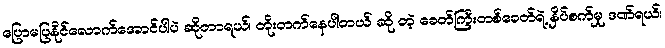
ပြောမပြနိုင်လောက်အောင်ပါပဲ ဆိုတာရယ်၊ တိုးတက်နေပါတယ် ဆို တဲ့ ခေတ်ကြီးတစ်ခေတ်ရဲ့ နှိပ်စက်မှု ဒဏ်ရယ်၊